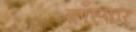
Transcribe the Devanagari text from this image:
फ़ॉस्फ़र